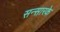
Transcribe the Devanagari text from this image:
सन्सारके